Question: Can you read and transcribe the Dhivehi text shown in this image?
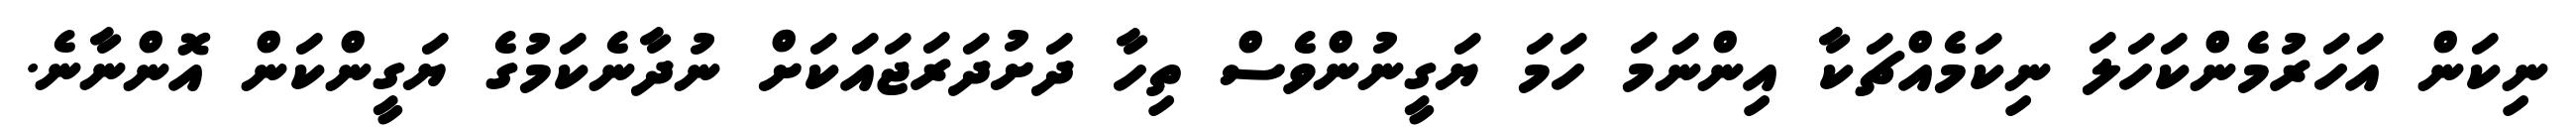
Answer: ނިކަން އަހަރުމެންކަހަލަ ނިކަމެއްޗަކާ އިންނަމަ ހަމަ ޔަގީނުންވެސް ތިހާ ދަށުދަރަޖައަކަށް ނުދާނެކަމުގެ ޔަގީންކަން އޮންނާނެ.